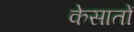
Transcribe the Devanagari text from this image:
केसातों